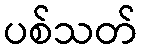
ပစ်သတ်